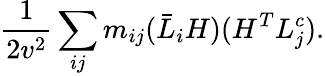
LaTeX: \frac{1}{2v^{2}}\sum_{ij}m_{ij}(\bar{L}_{i}H)(H^{T}L_{j}^{c}).